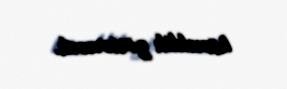
köməklik göstərəcək.